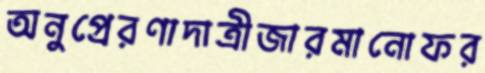
অনুপ্রেরণাদাত্রীজারমানোফর